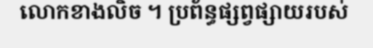
លោកខាងលិច ។ ប្រព័ន្ធផ្សព្វផ្សាយរបស់